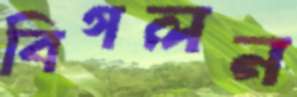
বিগলন